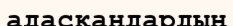
адасқаңдардың